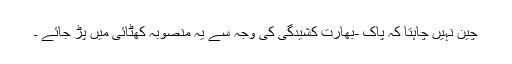
چین نہیں چاہتا کہ پاک -بھارت کشیدگی کی وجہ سے یہ منصوبہ کھٹائی میں پڑ جائے ۔